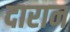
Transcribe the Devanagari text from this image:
दारान